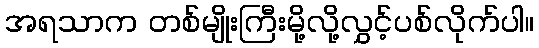
အရသာက တစ်မျိုးကြီးမို့လို့လွှင့်ပစ်လိုက်ပါ။